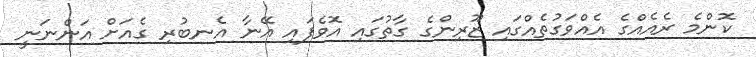
ކޮންމެ ރެއެއްގެ އެއްވަގުތެއްގައި ޒޫރިންގެ ގާތުގައި އޮވެފައި އޭނާ އެނބުރި ގެއަށް އަންނަނީ